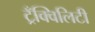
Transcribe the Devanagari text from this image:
ट्रँक्विलिटी